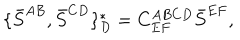
\{ \bar { S } ^ { A B } , \bar { S } ^ { C D } \} _ { D } ^ { \ast } = C _ { E F } ^ { A B C D } \bar { S } ^ { E F } ,